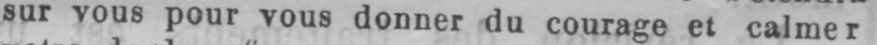
sur vous pour vous donner du courage et calmer